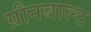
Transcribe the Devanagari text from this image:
ग्रीनबाल्ट